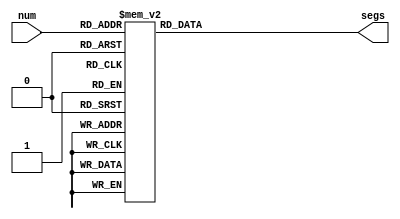
//////////////////////////////////////////////
// Decode one hex digit for LED 7-seg display
module HexDigit(segs, num);
	input [3:0] num	;		//the hex digit to be displayed
	output [6:0] segs ;		//actual LED segments
	reg [6:0] segs ;
	always @ (num)
	begin
		case (num)
				4'h0: segs = 7'b1000000; // 7'b1000000
				4'h1: segs = 7'b1111001;
				4'h2: segs = 7'b0100100;
				4'h3: segs = 7'b0110000;
				4'h4: segs = 7'b0011001;
				4'h5: segs = 7'b0010010;
				4'h6: segs = 7'b0000010;
				4'h7: segs = 7'b1111000;
				4'h8: segs = 7'b0000000;
				4'h9: segs = 7'b0010000;
				4'ha: segs = 7'b0001000;
				4'hb: segs = 7'b0000011;
				4'hc: segs = 7'b1000110;
				4'hd: segs = 7'b0100001;
				4'he: segs = 7'b0000110;
				4'hf: segs = 7'b0001110;
				default segs = 7'b1111111;
		endcase
	end
endmodule
///////////////////////////////////////////////